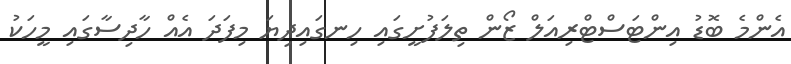
އެންމެ ބޮޑު އިންޓަސްޓްރިއަލް ޒޯން ތިލަފުށީގައި ހިނގައިދިޔަ މިފަދަ އެއް ހާދިސާގައި މީހަކު